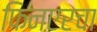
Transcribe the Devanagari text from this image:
फिनएरचा